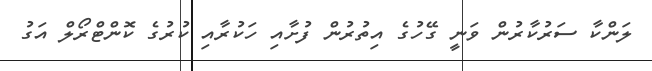
ލަންކާ ސަރުކާރުން ވަނީ ގޭހުގެ އިތުރުން ފުށާއި ހަކުރާއި ކުރުގެ ކޮންޓްރޯލް އަގު